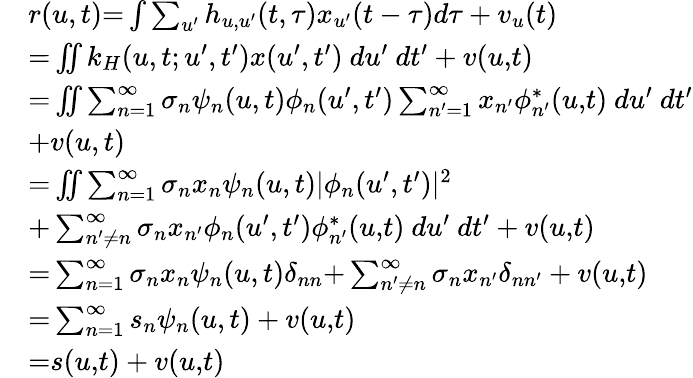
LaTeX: \begin{array}{rl}&{r(u,t){=}\int\sum_{u^{\prime}}h_{u,u^{\prime}}(t,\tau)x_{u^{\prime}}(t-\tau)d\tau+v_{u}(t)}\\ &{{=}\iint k_{H}(u,t;u^{\prime},t^{\prime})x(u^{\prime},t^{\prime})~du^{\prime}~dt^{\prime}+v(u{,}t)}\\ &{{=}\iint\sum_{n{=1}}^{\infty}\sigma_{n}\psi_{n}(u,t)\phi_{n}(u^{\prime},t^{\prime})\sum_{n^{\prime}{=}1}^{\infty}x_{n^{\prime}}\phi_{n^{\prime}}^{*}(u{,}t)~du^{\prime}~dt^{\prime}}\\ &{{+}v(u,t)}\\ &{{=}\iint\sum_{n{=1}}^{\infty}\sigma_{n}x_{n}\psi_{n}(u,t)|\phi_{n}(u^{\prime},t^{\prime})|^{2}}\\ &{{+}\sum_{n^{\prime}{\neq}n}^{\infty}\sigma_{n}x_{n^{\prime}}\phi_{n}(u^{\prime},t^{\prime})\phi_{n^{\prime}}^{*}(u{,}t)~du^{\prime}~dt^{\prime}+v(u{,}t)}\\ &{{=}\sum_{n{=1}}^{\infty}\sigma_{n}x_{n}\psi_{n}(u,t)\delta_{nn}{+}\sum_{n^{\prime}{\neq}n}^{\infty}\sigma_{n}x_{n^{\prime}}\delta_{nn^{\prime}}+v(u{,}t)}\\ &{{=}\sum_{n{=1}}^{\infty}s_{n}\psi_{n}(u,t)+v(u{,}t)}\\ &{{=}s(u{,}t)+v(u{,}t)}\end{array}